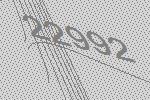
22992